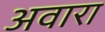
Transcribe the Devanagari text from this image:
अवारा